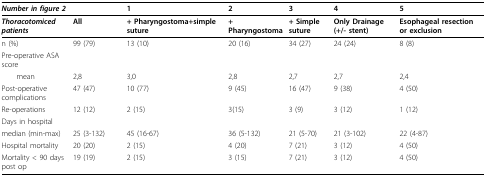
<table><thead><tr><td><b><i>Number in figure 2</i></b></td><td></td><td><b>1</b></td><td><b>2</b></td><td><b>3</b></td><td><b>4</b></td><td><b>5</b></td></tr></thead><tbody><tr><td><b><i>Thoracotomiced patients</i></b></td><td><b>All</b></td><td><b>+ Pharyngostoma+simple suture</b></td><td><b>+ Pharyngostoma</b></td><td><b>+ Simple suture</b></td><td><b>Only Drainage (+/- stent)</b></td><td><b>Esophageal resection or exclusion</b></td></tr><tr><td>n (%)</td><td>99 (79)</td><td>13 (10)</td><td>20 (16)</td><td>34 (27)</td><td>24 (24)</td><td>8 (8)</td></tr><tr><td>Pre-operative ASA score</td><td></td><td></td><td></td><td></td><td></td><td></td></tr><tr><td> mean</td><td>2,8</td><td>3,0</td><td>2,8</td><td>2,7</td><td>2,7</td><td>2,4</td></tr><tr><td>Post-operative complications</td><td>47 (47)</td><td>10 (77)</td><td>9 (45)</td><td>16 (47)</td><td>9 (38)</td><td>4 (50)</td></tr><tr><td>Re-operations</td><td>12 (12)</td><td>2 (15)</td><td>3(15)</td><td>3 (9)</td><td>3 (12)</td><td>1 (12)</td></tr><tr><td>Days in hospital</td><td></td><td></td><td></td><td></td><td></td><td></td></tr><tr><td>median (min-max)</td><td>25 (3-132)</td><td>45 (16-67)</td><td>36 (5-132)</td><td>21 (5-70)</td><td>21 (3-102)</td><td>22 (4-87)</td></tr><tr><td>Hospital mortality</td><td>20 (20)</td><td>2 (15)</td><td>4 (20)</td><td>7 (21)</td><td>3 (12)</td><td>4 (50)</td></tr><tr><td>Mortality &lt; 90 days post op</td><td>19 (19)</td><td>2 (15)</td><td>3 (15)</td><td>7 (21)</td><td>3 (12)</td><td>4 (50)</td></tr></tbody></table>